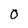
Character: O